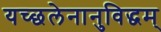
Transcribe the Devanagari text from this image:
यच्छलेनानुविद्धम्